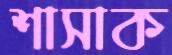
শাসাক